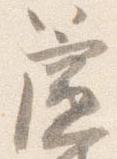
簾